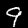
Label: 9